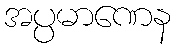
အပ္ပမာဏေန